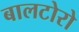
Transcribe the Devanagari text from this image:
बालटोरो